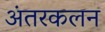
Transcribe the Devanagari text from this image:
अंतरकलन